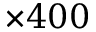
\times 4 0 0